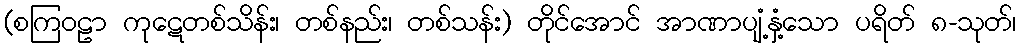
(စကြဝဠာ ကုဋေတစ်သိန်း၊ တစ်နည်း၊ တစ်သန်း) တိုင်အောင် အာဏာပျံ့နှံ့သော ပရိတ် ၈-သုတ်၊